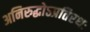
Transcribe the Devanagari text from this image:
अनिरुद्धोऽप्रतिरथः